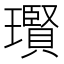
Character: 𱯼